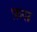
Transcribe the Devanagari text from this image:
फ़स